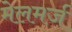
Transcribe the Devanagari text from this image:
मेलमर्ज